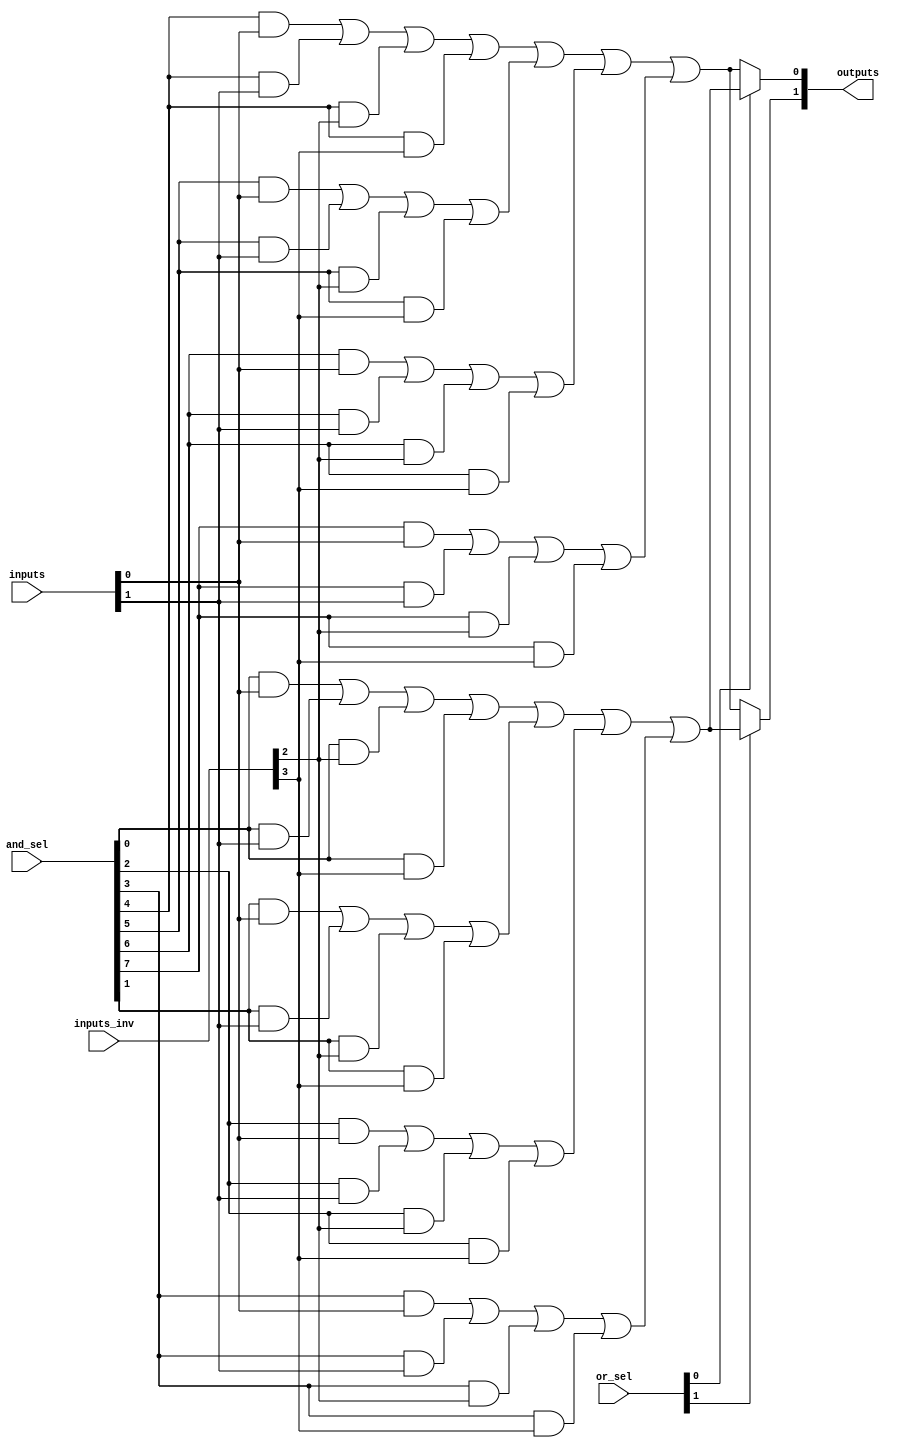
module SPAL #(
    parameter NUM_INPUTS = 4,   // Number of input signals (A, B, C, D)
    parameter NUM_AND_TERMS = 8, // Number of AND gates
    parameter NUM_OUTPUTS = 2    // Number of outputs (Y1, Y2)
)(
    input wire [NUM_INPUTS-1:0] inputs,       // Input signals
    input wire [NUM_INPUTS-1:0] inputs_inv,   // Inverted inputs
    input wire [NUM_AND_TERMS-1:0] and_sel,    // Select signals for AND terms
    input wire [NUM_OUTPUTS-1:0] or_sel,        // Select signals for OR outputs
    output wire [NUM_OUTPUTS-1:0] outputs       // Output signals
);

    // Intermediate signals for AND terms
    wire [NUM_AND_TERMS-1:0] and_terms;

    // Programmable AND Array
    genvar i;
    generate
        for (i = 0; i < NUM_AND_TERMS; i = i + 1) begin : and_array
            // Example logic for AND gate
            assign and_terms[i] = 
                (and_sel[i] & inputs[0]) | 
                (and_sel[i] & inputs[1]) | 
                (and_sel[i] & inputs_inv[2]) | 
                (and_sel[i] & inputs_inv[3]);
        end
    endgenerate

    // Programmable OR Array
    genvar j;
    generate
        for (j = 0; j < NUM_OUTPUTS; j = j + 1) begin : or_array
            assign outputs[j] = or_sel[j] ? (and_terms[0] | and_terms[1] | and_terms[2] | and_terms[3]) : 
                                              (and_terms[4] | and_terms[5] | and_terms[6] | and_terms[7]);
        end
    endgenerate
endmodule